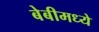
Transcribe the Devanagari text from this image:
बेबीमध्ये